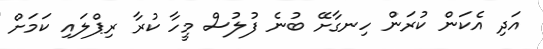
އަދި އެކަން ކުރަން ހިނގާށޭ ބުނެ ފުލުސް މީހާ ކުރާ ރިޕްލައި ކަމަށް